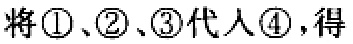
将\textcircled{1}、\textcircled{2}、\textcircled{3}代入\textcircled{4}，得